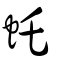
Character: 虴